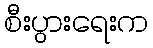
စီးပွားရေးက